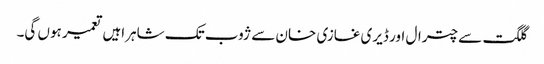
گلگت سے چترال اور ڈیری غازی خان سے ژوب تک شاہراہیں تعمیر ہوں گی۔